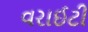
વરાઈટી